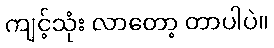
ကျင့်သုံး လာတော့ တာပါပဲ။